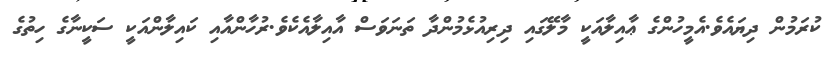
ކުރަމުން ދިޔައެވެ.އެމީހުންގެ ޢާއިލާއަކީ މާލޭގައި ދިރިއުޅެމުންދާ ތަނަވަސް އާއިލާއެކެވެ.ރުހާންއާއި ކައިލާންއަކީ ސަކީނާގެ ހިތުގެ